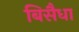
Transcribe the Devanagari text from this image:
बिसैधा